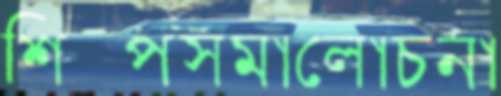
শিল্পসমালোচনা